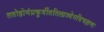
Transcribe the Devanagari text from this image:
ततोहोमंप्रकुर्वीततिलाज्येनविचक्षणः